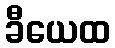
ခီယေထ